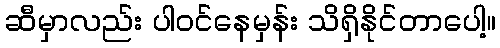
ဆီမှာလည်း ပါဝင်နေမှန်း သိရှိနိုင်တာပေါ့။